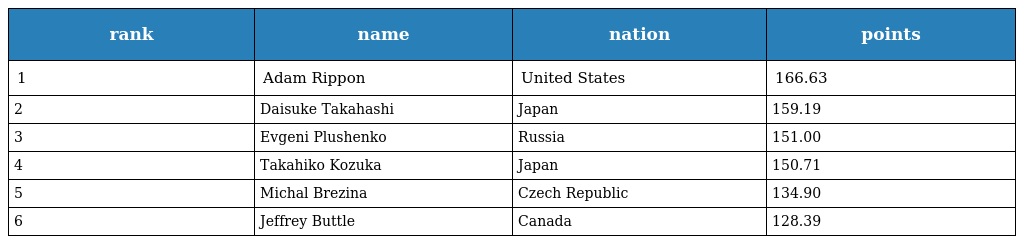
| rank | name | nation | points |
 | --- | --- | --- | --- |
 | 1 | Adam Rippon | United States | 166.63 |
 | 2 | Daisuke Takahashi | Japan | 159.19 |
 | 3 | Evgeni Plushenko | Russia | 151.00 |
 | 4 | Takahiko Kozuka | Japan | 150.71 |
 | 5 | Michal Brezina | Czech Republic | 134.90 |
 | 6 | Jeffrey Buttle | Canada | 128.39 |